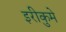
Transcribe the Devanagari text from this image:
इरीकुमे